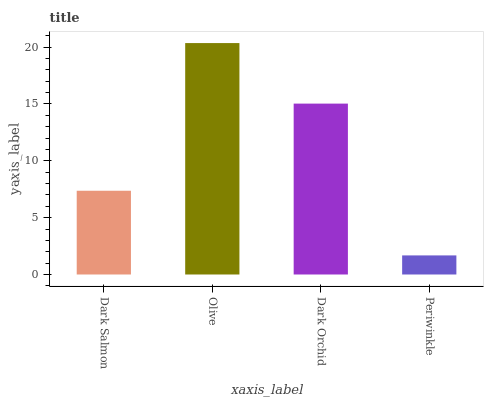
| xaxis_label | bars |
 | --- | --- |
 | Dark Salmon | 7.36 |
 | Olive | 20.3 |
 | Dark Orchid | 15 |
 | Periwinkle | 1.68 |